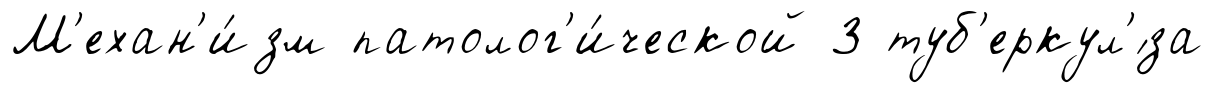
М'ехан'и́зм патолог'и́ческой 3 туб'еркул'́за